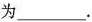
为___。